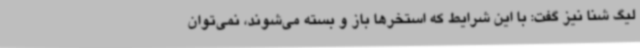
لیگ شنا نیز گفت: با این شرایط که استخرها باز و بسته می‌شوند، نمی‌توان